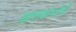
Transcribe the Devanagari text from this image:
बालकथांचे